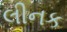
લીનક